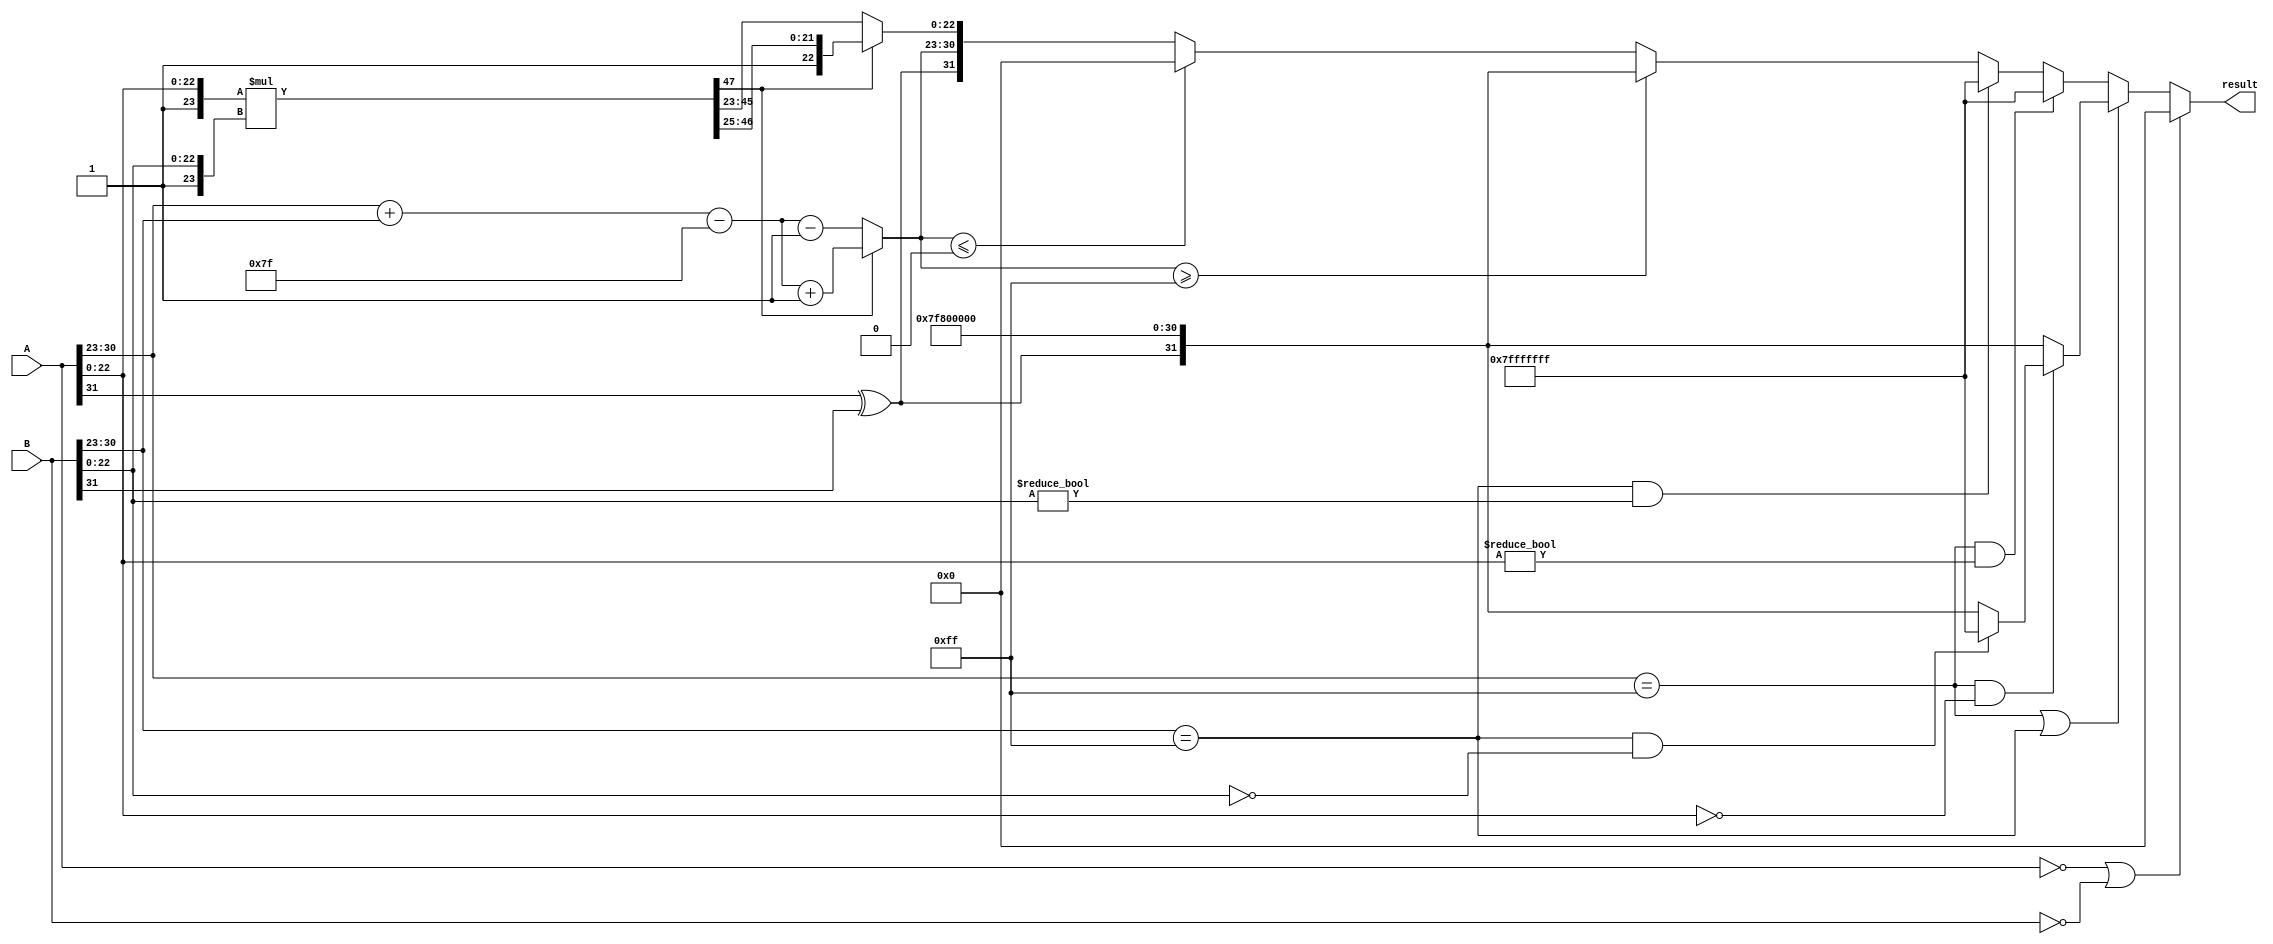
module floating_point_multiplier (
    input [31:0] A, // Input floating-point number A
    input [31:0] B, // Input floating-point number B
    output reg [31:0] result // Output floating-point number
);

    // Constants
    localparam BIAS = 8'd127;
    localparam EXPONENT_BITS = 8;
    localparam MANTISSA_BITS = 23;
    localparam MANTISSA_WIDTH = MANTISSA_BITS + 1; // Including implicit leading 1

    // Intermediate signals
    reg sign_A, sign_B, sign_result;
    reg [EXPONENT_BITS-1:0] exp_A, exp_B, exp_result;
    reg [MANTISSA_WIDTH-1:0] mant_A, mant_B, mant_result;
    reg [MANTISSA_WIDTH*2-1:0] mant_product; // Product of mantissas

    always @(*) begin
        // Extract sign, exponent, and mantissa
        sign_A = A[31];
        exp_A = A[30:23];
        mant_A = {1'b1, A[22:0]}; // Implicit leading 1

        sign_B = B[31];
        exp_B = B[30:23];
        mant_B = {1'b1, B[22:0]}; // Implicit leading 1

        // Default result
        result = 32'b0;

        // Handle special cases
        if (A == 32'b0 || B == 32'b0) begin
            // If either input is zero, the result is zero
            result = 32'b0;
        end else if (A[30:23] == 255 || B[30:23] == 255) begin
            // If either input is infinity
            if (A[30:23] == 255 && A[22:0] == 0) begin
                // A is infinity
                if (B[30:23] == 255 && B[22:0] == 0) begin
                    // Both are infinity -> NaN
                    result = 32'b01111111111111111111111111111111; // NaN representation
                end else begin
                    // Result is infinity
                    sign_result = sign_A ^ sign_B;
                    result = {sign_result, 8'b11111111, 23'b0}; // Infinity
                end
            end else if (B[30:23] == 255 && B[22:0] == 0) begin
                // Result is infinity
                sign_result = sign_A ^ sign_B;
                result = {sign_result, 8'b11111111, 23'b0}; // Infinity
            end else if (A[30:23] == 255 || B[30:23] == 255) begin
                // One is infinity, the other is finite
                sign_result = sign_A ^ sign_B;
                result = {sign_result, 8'b11111111, 23'b0}; // Infinity
            end
        end else if (A[30:23] == 255 && A[22:0] != 0) begin
            // A is NaN
            result = 32'b01111111111111111111111111111111; // NaN representation
        end else if (B[30:23] == 255 && B[22:0] != 0) begin
            // B is NaN
            result = 32'b01111111111111111111111111111111; // NaN representation
        end else begin
            // Normal multiplication
            sign_result = sign_A ^ sign_B;
            exp_result = exp_A + exp_B - BIAS; // Exponent calculation

            // Mantissa multiplication
            mant_product = mant_A * mant_B; // 24-bit mantissa product

            // Normalize the mantissa
            if (mant_product[MANTISSA_WIDTH*2-1]) begin
                // If the product is >= 2.0, right shift
                mant_result = mant_product[MANTISSA_WIDTH*2-1:MANTISSA_WIDTH] >> 1;
                exp_result = exp_result + 1; // Increment exponent
            end else begin
                // If the product is < 1.0, left shift
                mant_result = mant_product[MANTISSA_WIDTH*2-2:MANTISSA_WIDTH-1];
                exp_result = exp_result - 1; // Decrement exponent
            end

            // Check for exponent overflow/underflow
            if (exp_result >= 255) begin
                // Overflow to infinity
                result = {sign_result, 8'b11111111, 23'b0}; // Infinity
            end else if (exp_result <= 0) begin
                // Underflow to zero
                result = 32'b0; // Zero
            end else begin
                // Construct the result
                result = {sign_result, exp_result[EXPONENT_BITS-1:0], mant_result[MANTISSA_BITS-1:0]};
            end
        end
    end
endmodule